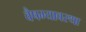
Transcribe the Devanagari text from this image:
वैषम्यावस्था